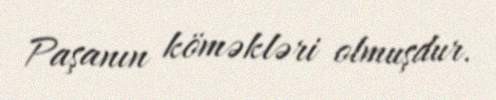
Paşanın köməkləri olmuşdur.